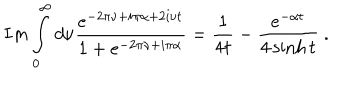
LaTeX: I m \int _ { 0 } ^ { \infty } d \nu \frac { e ^ { - 2 \pi \nu + i \pi \alpha + 2 i \nu t } } { 1 + e ^ { - 2 \pi \nu + i \pi \alpha } } = \frac { 1 } { 4 t } - \frac { e ^ { - \alpha t } } { 4 \sinh t } \ .